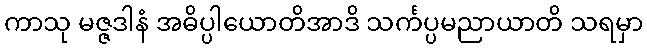
ကာသု မဇ္ဇဒါနံ အဓိပ္ပါယောတိအာဒိ သင်္ကပ္ပမညာယာတိ သရမှာ